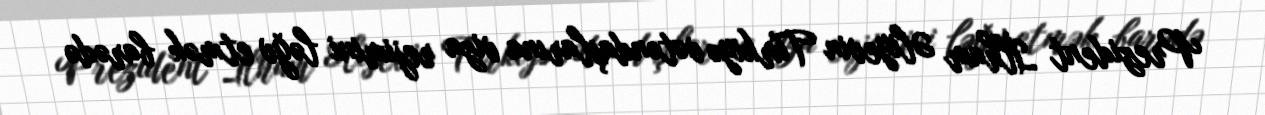
Prezident İlham Əliyevin Türkiyə vətəndaşlarına viza rejimini ləğv etmək barədə